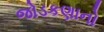
જોડકણાનો